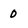
Character: 0